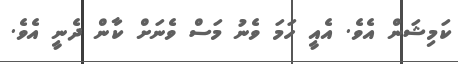
ކަމިޝަން އެވެ. އެއީ ހަމަ ވެނު މަސް ވެނަށް ކާން ދެނީ އެވެ.